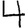
Digit: 4